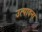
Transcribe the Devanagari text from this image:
उत्पादना